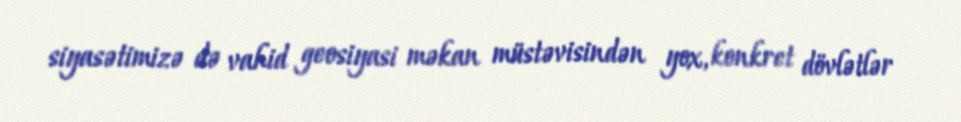
siyasətimizə də vahid geosiyasi məkan müstəvisindən yox, konkret dövlətlər